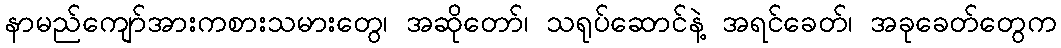
နာမည်ကျော်အားကစားသမားတွေ၊ အဆိုတော်၊ သရုပ်ဆောင်နဲ့ အရင်ခေတ်၊ အခုခေတ်တွေက